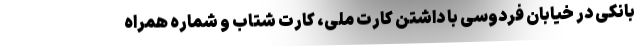
بانکی در خیابان فردوسی با داشتن کارت ملی، کارت شتاب و شماره همراه